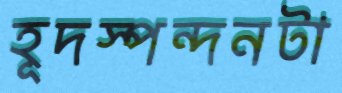
হূদস্পন্দনটা